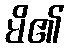
မိ၏